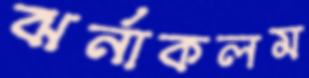
ঝর্নাকলম